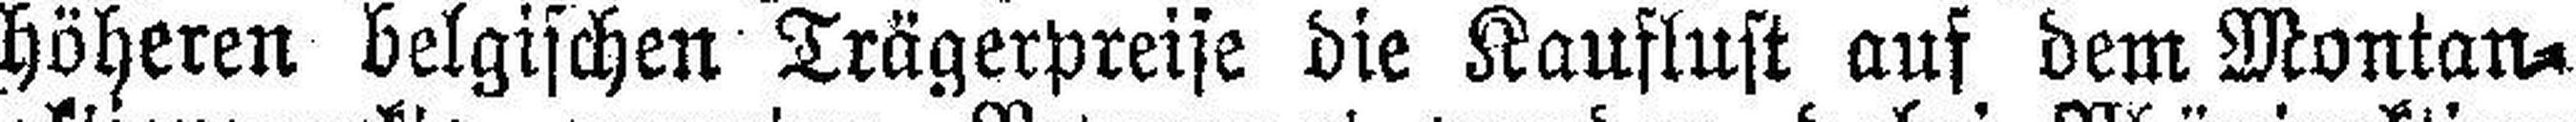
höheren belgischen Trägerpreise die Kauflust auf dem Montan¬